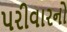
પરીવારનો